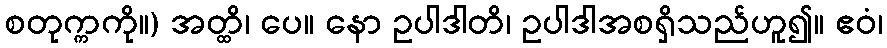
စတုက္ကကို။) အတ္ထိ၊ ပေ။ နော ဥပါဒါတိ၊ ဥပါဒါအစရှိသည်ဟူ၍။ ဧဝံ၊